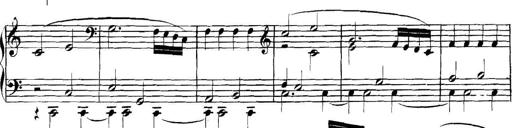
Title: Collected Piano Sonatas
Composer: Muzio Clementi